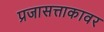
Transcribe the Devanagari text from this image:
प्रजासत्ताकावर